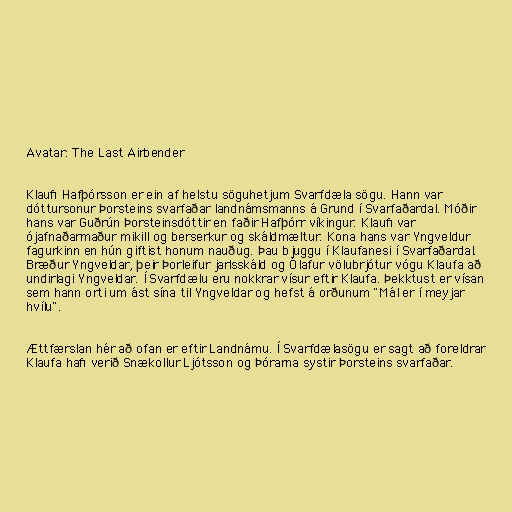
Avatar: The Last Airbender

Klaufi Hafþórsson er ein af helstu söguhetjum Svarfdæla sögu. Hann var
dóttursonur Þorsteins svarfaðar landnámsmanns á Grund í Svarfaðardal. Móðir
hans var Guðrún Þorsteinsdóttir en faðir Hafþórr víkingur. Klaufi var
ójafnaðarmaður mikill og berserkur og skáldmæltur. Kona hans var Yngveldur
fagurkinn en hún giftist honum nauðug. Þau bjuggu í Klaufanesi í Svarfaðardal.
Bræður Yngveldar, þeir Þorleifur jarlsskáld og Ólafur völubrjótur vógu Klaufa að
undirlagi Yngveldar. Í Svarfdælu eru nokkrar vísur eftir Klaufa. Þekktust er vísan
sem hann orti um ást sína til Yngveldar og hefst á orðunum "Mál er í meyjar
hvílu".

Ættfærslan hér að ofan er eftir Landnámu. Í Svarfdælasögu er sagt að foreldrar
Klaufa hafi verið Snækollur Ljótsson og Þórarna systir Þorsteins svarfaðar.